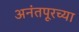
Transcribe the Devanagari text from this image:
अनंतपूरच्या